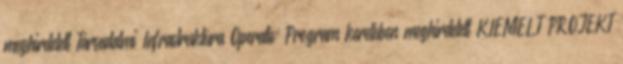
meghirdetett Társadalmi Infrastruktúra Operatív Program keretében meghirdetett KIEMELT PROJEKT